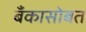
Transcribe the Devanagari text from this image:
बँकासोबत